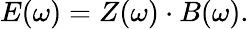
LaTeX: E(\omega)=Z(\omega)\cdot B(\omega).